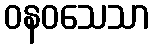
ဝနဝသေသာ